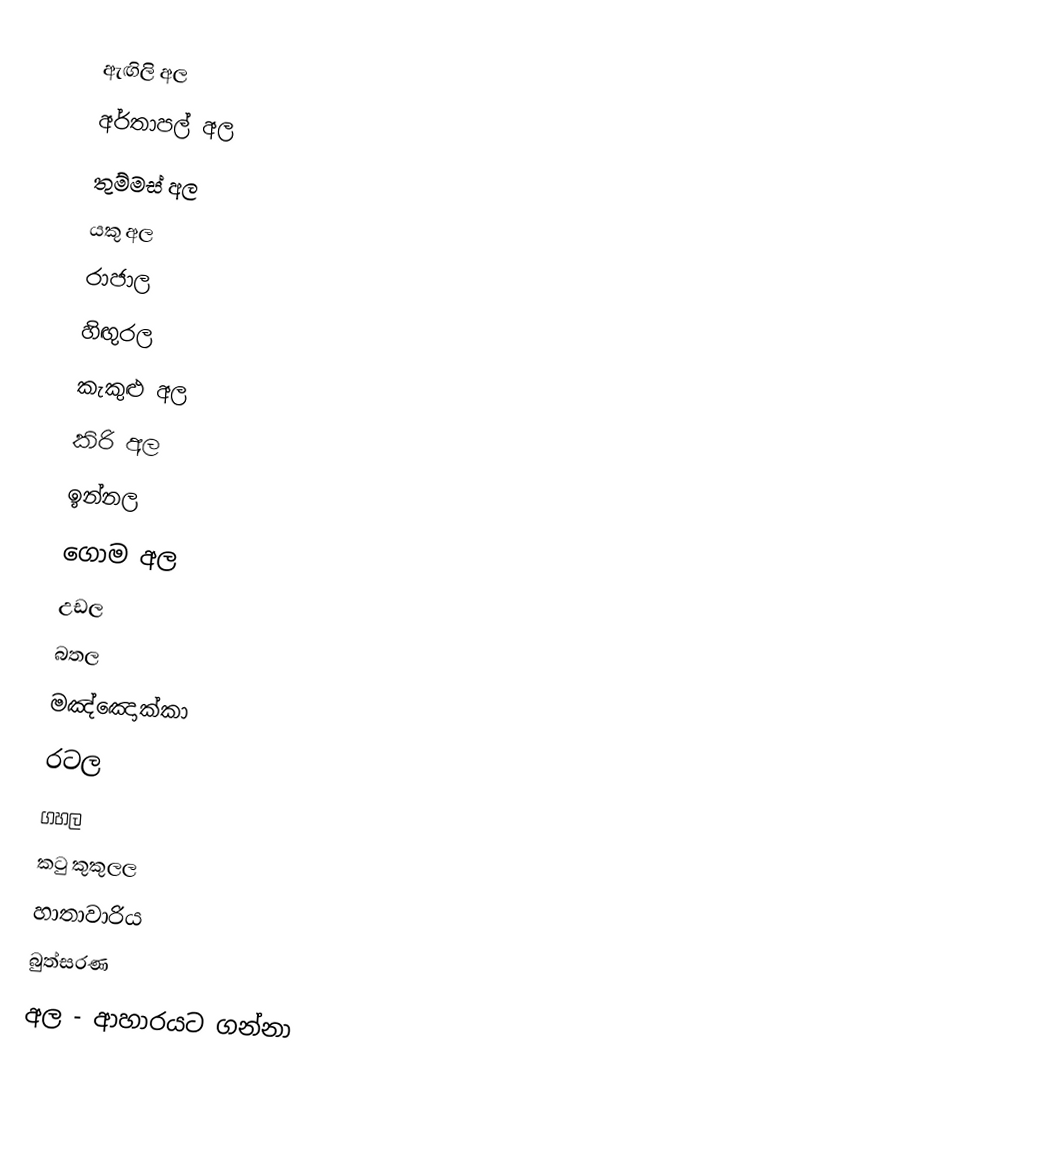
ඇඟිලි අල
 අර්තාපල් අල
 තුම්මස් අල
 යකු අල
 රාජාල
 හිඟුරල
 කැකුළු අල
 කිරි අල
 ඉන්නල
 ගොම අල
 උඩල
 බතල
 මඤ්ඤොක්කා
 රටල
 ගහල
 කටු කුකුලල
 හාතාවාරිය
 බුත්සරණ
අල - ආහාරයට ගන්නා